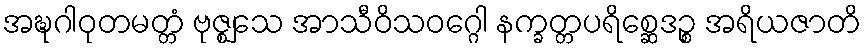
အဍ္ဎဂါဝုတမတ္တံ ဗုဇ္ဈသေ အာသီဝိသဝဂ္ဂေါ နက္ခတ္တပရိစ္ဆေဒဉ္စ အရိယဇာတိ